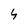
Character: 4